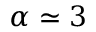
\alpha \simeq 3